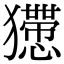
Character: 𤣇